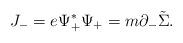
LaTeX: \begin{align*}J_-=e{\Psi}_+^{\ast}{\Psi}_+=m{\partial}_-\tilde{\Sigma}.\end{align*}